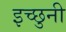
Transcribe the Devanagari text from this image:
इच्छुनी